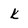
Character: k